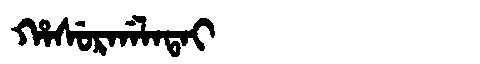
Manchu: ᡥᠠᠰᡠᡵᡤᠠᠯᠠᡨᠠᡳ
Romanization: HASURGALATAI